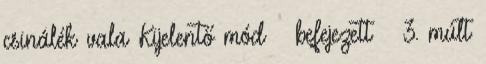
csinálék vala Kijelentő mód – befejezett – 3. múlt